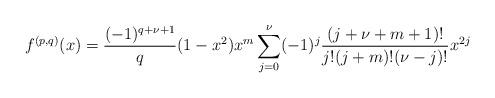
LaTeX: \begin{align*}f^{(p,q)}(x)=\frac{(-1)^{q+\nu+1}}{q}(1-x^2)x^m\sum_{j=0}^{\nu}(-1)^j\frac{(j+\nu+m+1)!}{j!(j+m)!(\nu-j)!}x^{2j}\end{align*}